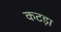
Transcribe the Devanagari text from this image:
कटड़ा